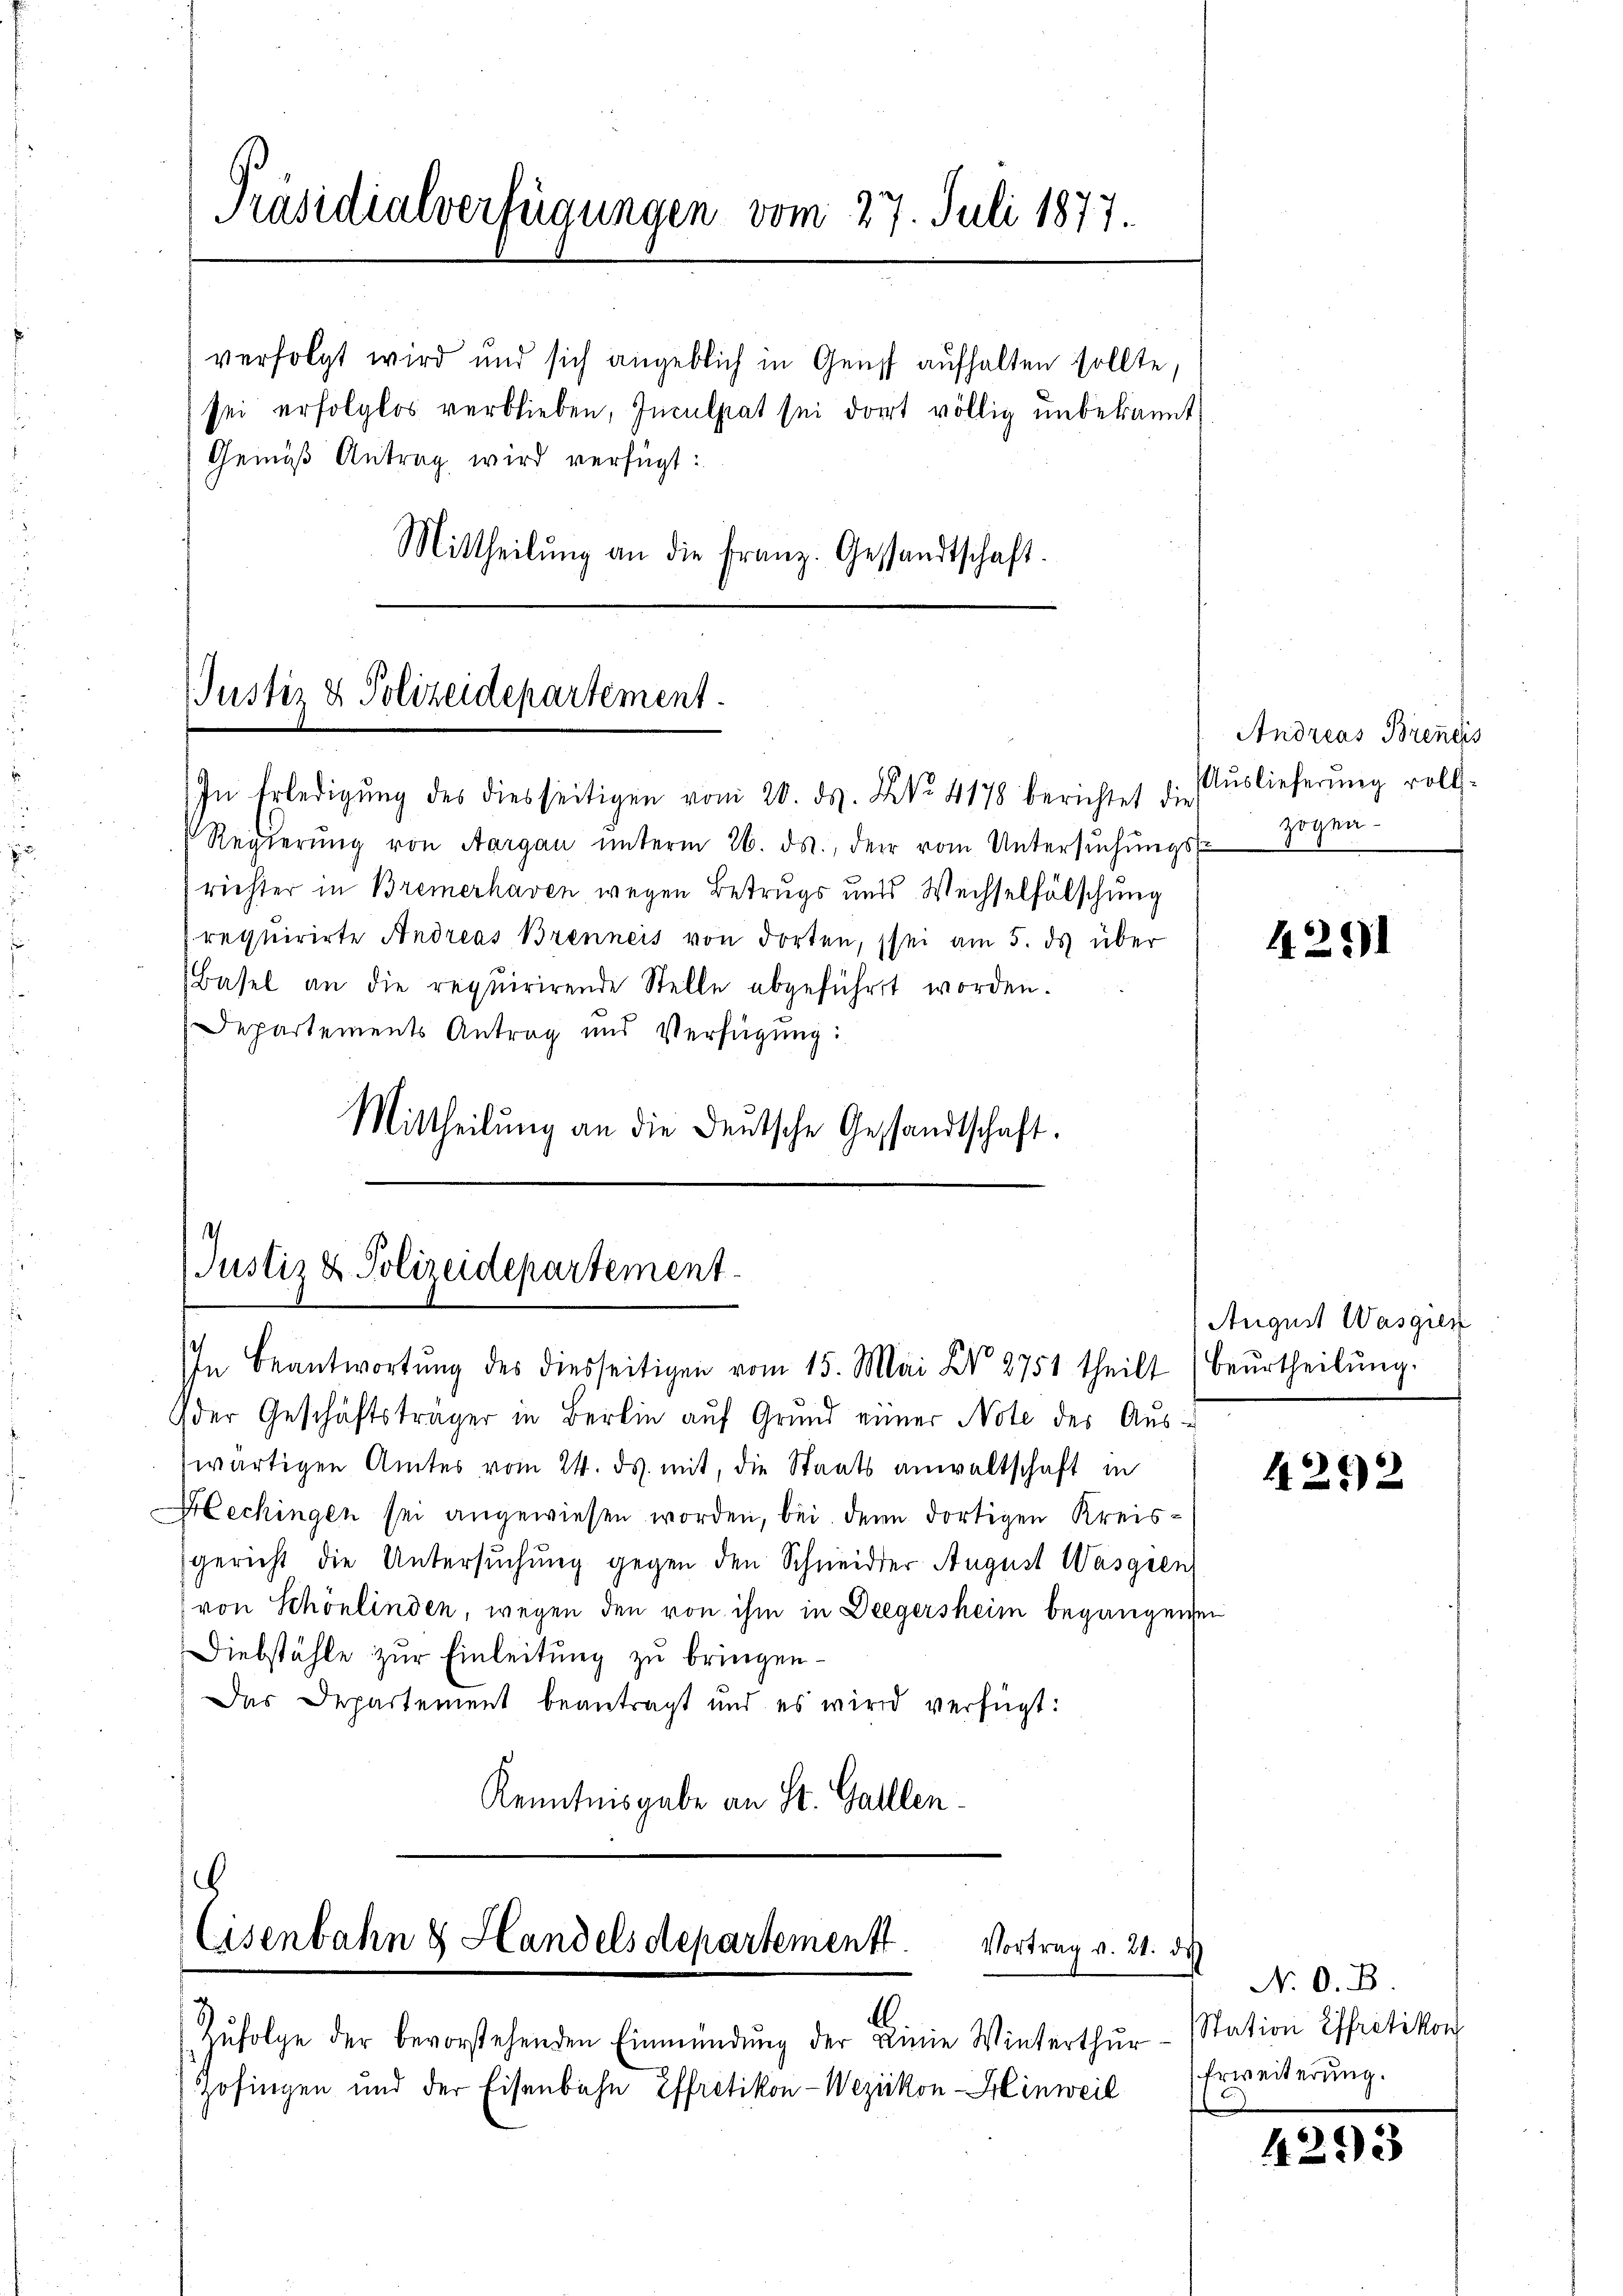
Präsidialverfügungen vom 27. Juli 1877.

verfolgt wird und sich angeblich in Genf aufhalten sollte,
sei erfolglos verblieben, Inculpat sei dort völlig unbekannt
Gemäß Antrag wird verfügt:
Mittheilŭng an die Franz. Gesandtschaft.

Justiz & Polizeidepartement
In Erledigung des diesseitigen vom 20. ds. X. 4178 berichtet die

Regierŭng von Aargau unterm 26. ds., der vom Untersŭchŭngs-
richter in Bremerhaven wegen Betrugs und Wechselfälschung
requirirte Andreas Brenneis von dorten, sei am 5. ds über
Basel an die requirirende Stelle abgeführt worden.
Departements Antrag und Verfügung:
Mittheilung an die Deutsche Gesandtschaft.

der Geschäftsträger in Berlin auf Grund einer Note des Auswärtigen Amtes vom 24. ds. mit, die Staatsanwaltschaft in
Hechingen sei angewiesen worden, bei denn dortigen Kreisgericht die Untersŭchŭng gegen den Schneidder August Wasgren
von Schönlinden, wegen den von ihm in Deegersheim begangenen
Diebstähle zur Einleitung zu bringen.
Das Departement beantragt und es wird verfügt:
Kenntnisgabe an St. Galllen.

.
Justiz & Polizeidepartement
In Beantwortŭng des diesseitigen vom 15. Mai XV 2751 theilt (beŭrtheilŭng.

.
Eisenbahn & Handels departement
Vortrag v. 21. ds.

A
Zufolge der bevorstehenden Einmündung der Linie Winterthur
Zofingen und der Eisenbahn Effretikon-Wezikon - Hinweil

Andreas Brentis
Auslieferung vollzogen

422)

August Wasgien

4202

N. O. B.
Station Effretikon
Erweiterung.

4293